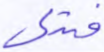
فتدلى